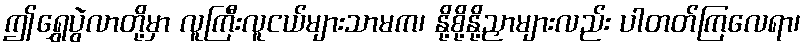
ဤရွှေပွဲလာတို့မှာ လူကြီးလူငယ်များသာမက၊ နို့စို့နို့ညှာများလည်း ပါတတ်ကြလေရာ၊